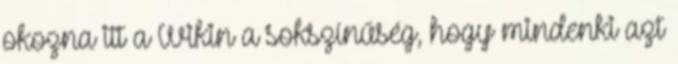
okozna itt a Wikin a sokszínűség, hogy mindenki azt